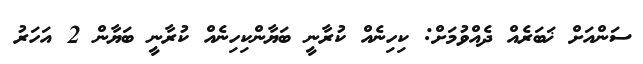
ސަންއަށް ޚަބަރެއް ދެއްވުމަށް: ކިހިނެއް ކުރާނީ ބަޔާންކިހިނެއް ކުރާނީ ބަޔާން 2 އަހަރު